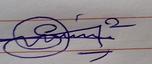
Signature authenticity: genuine